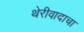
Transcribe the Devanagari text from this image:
थेरीवादाचा